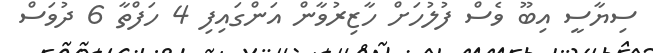
ސިޔާސީ އިބޫ ވެސް ފުލުހަށް ހާޒިރުވާން އަންގައިފި 4 ހަފްތާ 6 ދުވަސް